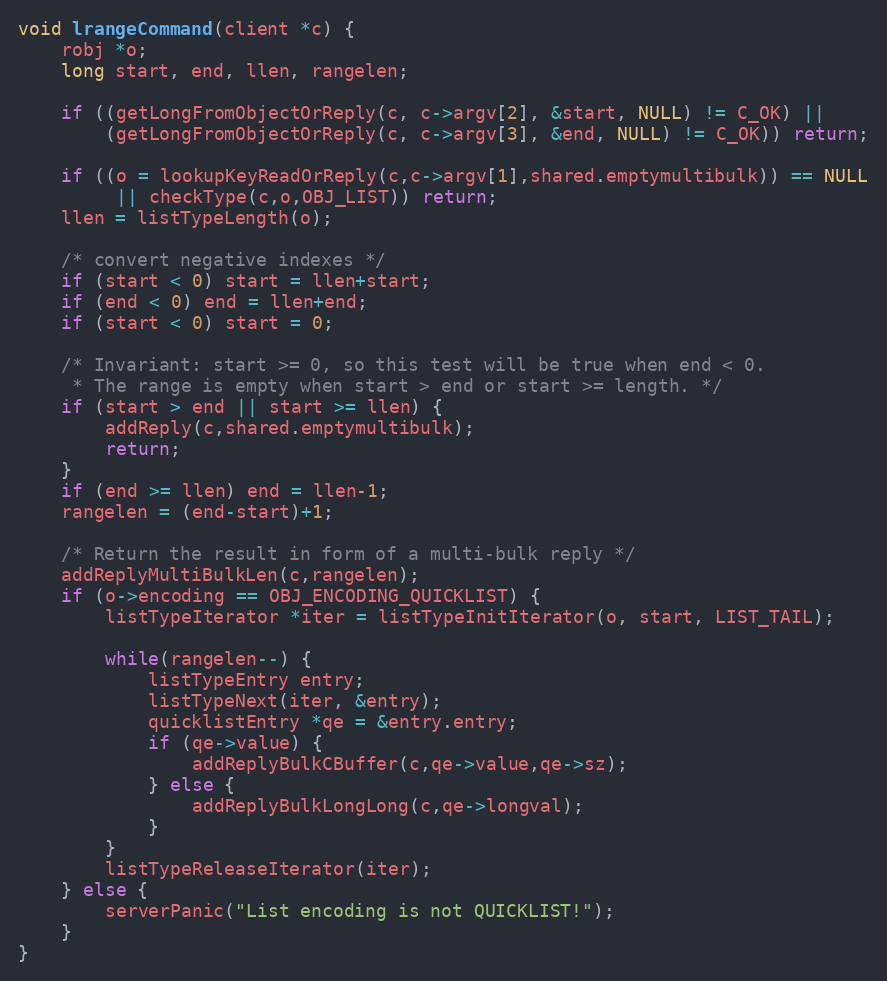
Language: C
void lrangeCommand(client *c) {
    robj *o;
    long start, end, llen, rangelen;

    if ((getLongFromObjectOrReply(c, c->argv[2], &start, NULL) != C_OK) ||
        (getLongFromObjectOrReply(c, c->argv[3], &end, NULL) != C_OK)) return;

    if ((o = lookupKeyReadOrReply(c,c->argv[1],shared.emptymultibulk)) == NULL
         || checkType(c,o,OBJ_LIST)) return;
    llen = listTypeLength(o);

    /* convert negative indexes */
    if (start < 0) start = llen+start;
    if (end < 0) end = llen+end;
    if (start < 0) start = 0;

    /* Invariant: start >= 0, so this test will be true when end < 0.
     * The range is empty when start > end or start >= length. */
    if (start > end || start >= llen) {
        addReply(c,shared.emptymultibulk);
        return;
    }
    if (end >= llen) end = llen-1;
    rangelen = (end-start)+1;

    /* Return the result in form of a multi-bulk reply */
    addReplyMultiBulkLen(c,rangelen);
    if (o->encoding == OBJ_ENCODING_QUICKLIST) {
        listTypeIterator *iter = listTypeInitIterator(o, start, LIST_TAIL);

        while(rangelen--) {
            listTypeEntry entry;
            listTypeNext(iter, &entry);
            quicklistEntry *qe = &entry.entry;
            if (qe->value) {
                addReplyBulkCBuffer(c,qe->value,qe->sz);
            } else {
                addReplyBulkLongLong(c,qe->longval);
            }
        }
        listTypeReleaseIterator(iter);
    } else {
        serverPanic("List encoding is not QUICKLIST!");
    }
}